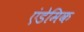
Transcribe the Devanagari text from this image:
एंडेमिक